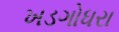
ખડગોધરા